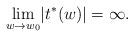
LaTeX: \begin{align*}\displaystyle \lim_{w\to w_0}\lvert t^*(w)\rvert=\infty.\end{align*}